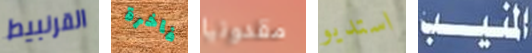
القرنبيط فاخرة مقدونيا استديو المنيب